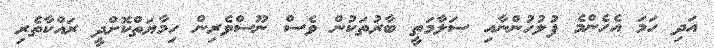
އަދި ހަމަ އެހެންމެ ފުލުހުންނާއި ސަލާމަތީ ބާރުތަކުން ވެސް ނޫސްވެރިން ހިމާޔަތްކޮށްދީ ރައްކާތެރި